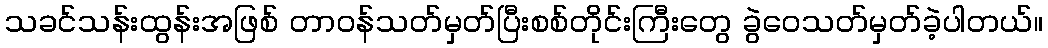
သခင်သန်းထွန်းအဖြစ် တာဝန်သတ်မှတ်ပြီးစစ်တိုင်းကြီးတွေ ခွဲဝေသတ်မှတ်ခဲ့ပါတယ်။